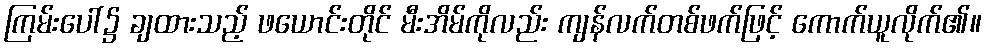
ကြမ်းပေါ်၌ ချထားသည့် ဖယောင်းတိုင် မီးအိမ်ကိုလည်း ကျန်လက်တစ်ဖက်ဖြင့် ကောက်ယူလိုက်၏။